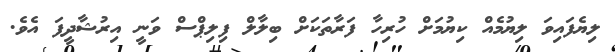
ލިޔެފައިވަ ލިޔުމެއް ކިޔުމަށް ހުރިހާ ފަރާތަކަށް ބިލާލް ފިލިޕްސް ވަނީ އިރުޝާދީފަ އެވެ.